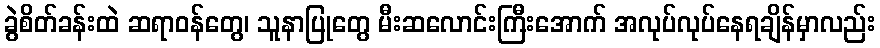
ခွဲစိတ်ခန်းထဲ ဆရာဝန်တွေ၊ သူနာပြုတွေ မီးဆလောင်းကြီးအောက် အလုပ်လုပ်နေရချိန်မှာလည်း